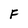
Character: F